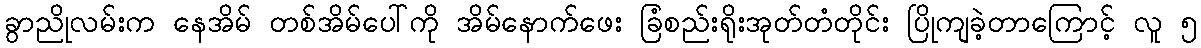
ခွာညိုလမ်းက နေအိမ် တစ်အိမ်ပေါ်ကို အိမ်နောက်ဖေး ခြံစည်းရိုးအုတ်တံတိုင်း ပြိုကျခဲ့တာကြောင့် လူ ၅